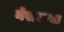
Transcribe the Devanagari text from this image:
नेसवल्या